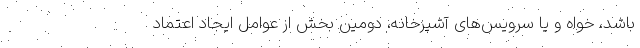
باشد، خواه و یا سرویس‌های آشپزخانه، دومین بخش از عوامل ایجاد اعتماد